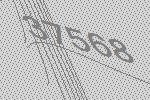
37568